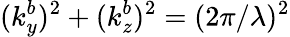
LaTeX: (k_{y}^{b})^{2}+(k_{z}^{b})^{2}=(2\pi/\lambda)^{2}